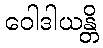
ဝေါဒါယန္တိ